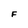
Character: F